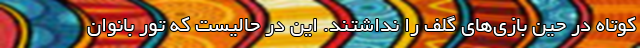
کوتاه در حین بازی‌های گلف را نداشتند. این در حالیست که تور بانوان